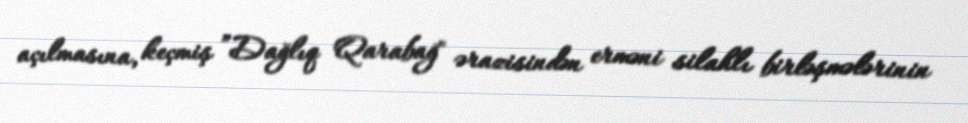
açılmasına, keçmiş ”Dağlıq Qarabağ" ərazisindən erməni silahlı birləşmələrinin